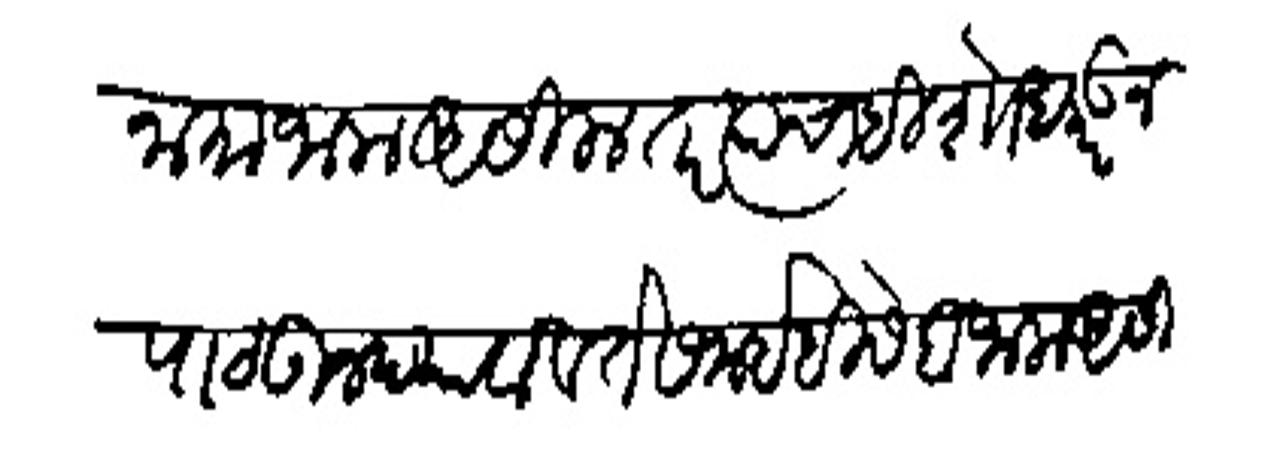
Transliteration (Devanagari): नामा जाला असिला तर त्याचाहि शोध करऊन पाठऊन चावा व ते समई हिशेब जाला असिला